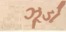
ઝૂડો